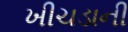
ખીચડાની